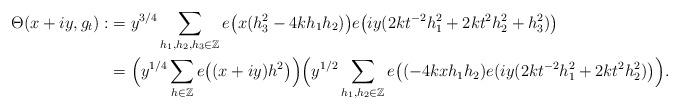
LaTeX: \begin{align*}\Theta(x+iy,g_t):&=y^{3/4}\sum_{h_1,h_2,h_3 \in \mathbb{Z}} e\big(x(h_3^2-4kh_1h_2)\big)e\big(iy(2kt^{-2}h_1^2+2kt^{2}h_2^2+h_3^2)\big)\\&=\Big(y^{1/4}\sum_{h\in \mathbb{Z}} e\big((x+iy)h^2\big) \Big) \Big(y^{1/2} \sum_{h_1,h_2\in \mathbb{Z}}e\big((-4kxh_1h_2)e(iy(2kt^{-2}h_1^2+2kt^{2}h_2^2)\big) \Big).\end{align*}